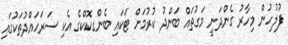
ފުލުހުން މިހާރު ގެންދަނީ މަގުތައް ބަންދު ކުރުމަށް ޓަކައި ބެންގކޮކްގެ އެކި ސަރަހައްދުތަކުގައި